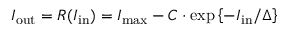
I _ { \mathrm { o u t } } = R ( I _ { \mathrm { i n } } ) = I _ { \operatorname* { m a x } } - C \cdot \exp \left\{ - I _ { \mathrm { i n } } / \Delta \right\}